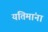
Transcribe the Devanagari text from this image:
यतिमांना